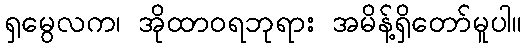
ရှမွေလက၊ အိုထာဝရဘုရား အမိန့်ရှိတော်မူပါ။